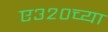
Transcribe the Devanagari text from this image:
ए३२०च्या